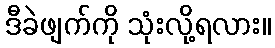
ဒီခဲဖျက်ကို သုံးလို့ရလား။